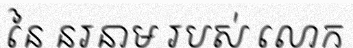
នៃ នរនាម របស់ លោក